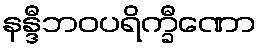
နန္ဒီဘဝပရိက္ခီဏော